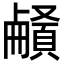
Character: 𩔒